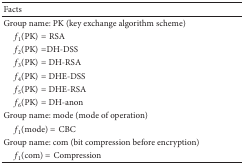
| Facts |  |
 | --- | --- |
 | Group name: PK (key exchange algorithm scheme) |  |
 | f1(PK) = RSA |  |
 | f2(PK) = DH-DSS |  |
 | f3(PK) = DH-RSA |  |
 | f4(PK) = DHE-DSS |  |
 | f5(PK) = DHE-RSA |  |
 | f6(PK) = DH-anon |  |
 | Group name: mode (mode of operation) |  |
 | f1(mode) = CBC |  |
 | Group name: com (bit compression before encryption) |  |
 | f1(com) = Compression |  |